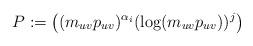
LaTeX: \begin{align*} P := \left( (m_{uv}p_{uv})^{\alpha_i}(\log(m_{uv}p_{uv}))^j \right) \end{align*}